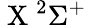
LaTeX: \mathrm{~X~}^{2}\Sigma^{+}